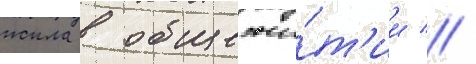
жила в общежи́т'ии //